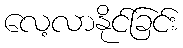
လေ့လာနိုင်ခြင်း